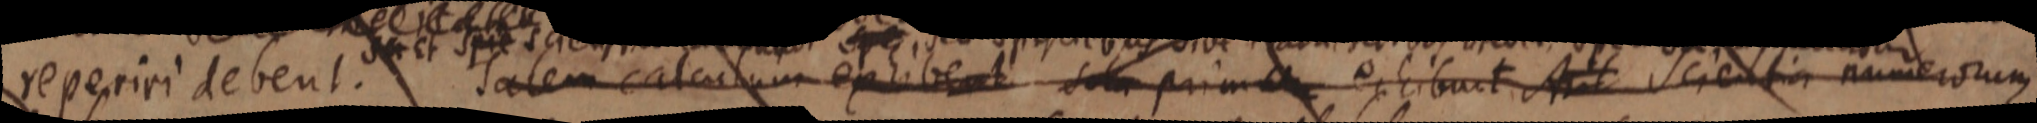
reperiri debent. salem calculum exhibent sola prima exhibuit A Scientia numerorum